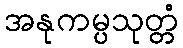
အနုကမ္ပသုတ္တံ